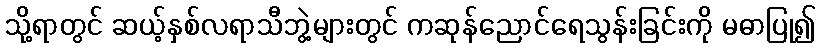
သို့ရာတွင် ဆယ့်နှစ်လရာသီဘွဲ့များတွင် ကဆုန်ညောင်ရေသွန်းခြင်းကို မဓာပြု၍